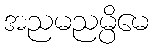
အညမညမ္ပိမေ